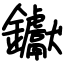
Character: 钀